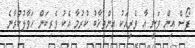
ފޯސް އިން ވަނީ އާ ވެރިއަކު އިންތިޚާބު ކުރުމާ އެކު ވެރިކަން ހަވާލުކުރާނެ